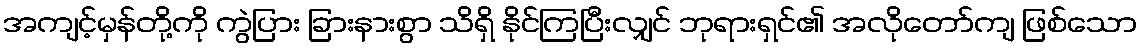
အကျင့်မှန်တို့ကို ကွဲပြား ခြားနားစွာ သိရှိ နိုင်ကြပြီးလျှင် ဘုရားရှင်၏ အလိုတော်ကျ ဖြစ်သော